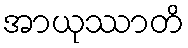
အာယုဿာတိ